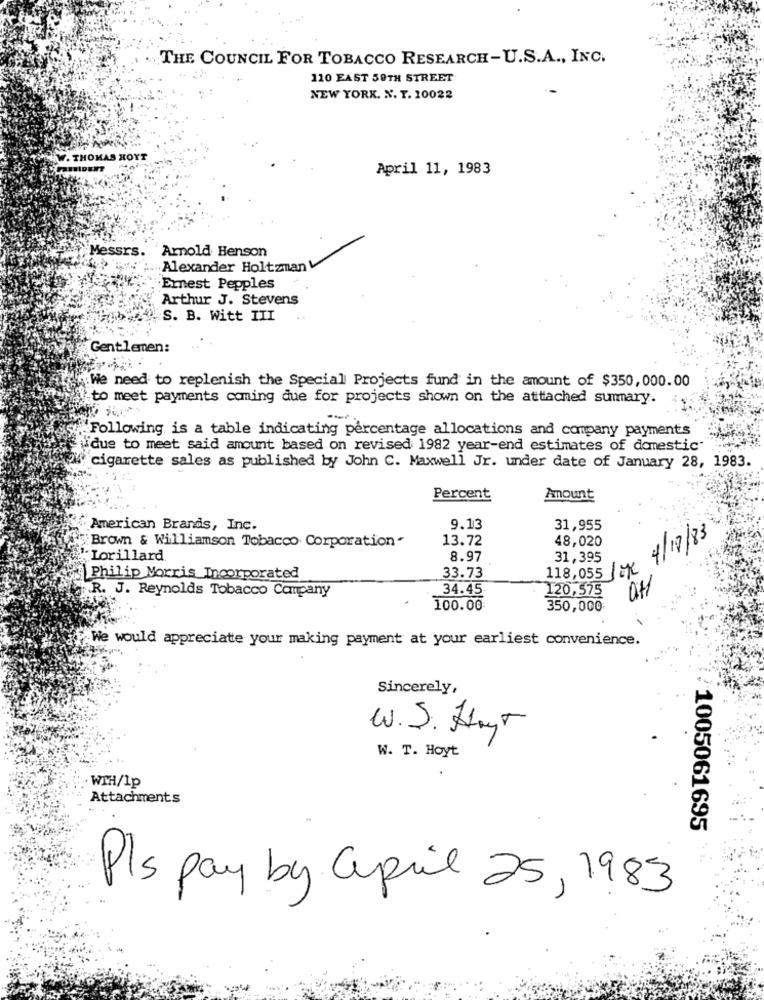
THE COUNCIL FOR TOBACCO RESEARCH-U.S.A ., INC.
110 EAST 59TH STREET
NEW YORK. X. T. 10022
THOMAS HOY
April 11, 1983
Messrs.
Arnold Henson
Alexander Holtzman
Ernest Pepples
Arthur J. Stevens
S. B. Witt III
Gentlemen:
:We need to replenish the Special Projects fund in the amount of $350,000.00
to meet payments coming due for projects shown on the attached summary.
Following is a table indicating percentage allocations and company payments
idue to meet said amount based on revised 1982 year-end estimates of domestic"
cigarette sales as published by John C. Maxwell Jr. under date of January 28, 1983.
Percent
Amount
American Brands, Inc.
9.13
31,955
Brown & Williamson Tobacco Corporation-
13.72
48,020
4/17/83
:Lorillard
8.97
31,395
118,055 /EK
Philip Morris Incorporated
33.73
34.45
120,575
R. J. Reynolds Tobacco Company
100.00
350,000
We would appreciate your making payment at your earliest convenience.
Sincerely,
W.S. Slayt
W. T. Hoyt
WTH/Ip
Attachments
1005061695
Pls pay by april 25, 1983